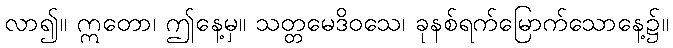
လာ၍။ ဣတော၊ ဤနေ့မှ။ သတ္တမေဒိဝသေ၊ ခုနစ်ရက်မြောက်သောနေ့၌။